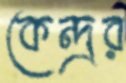
কেন্দ্রর